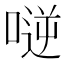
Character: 𠸺